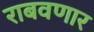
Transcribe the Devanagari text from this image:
राबवणार